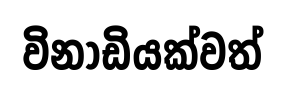
විනාඩියක්වත්